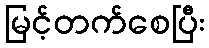
မြင့်တက်စေပြီး